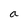
Character: a